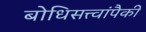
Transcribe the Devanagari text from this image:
बोधिसत्त्वांपैकी